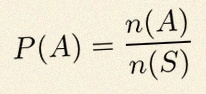
P(A)=\frac{n(A)}{n(S)}